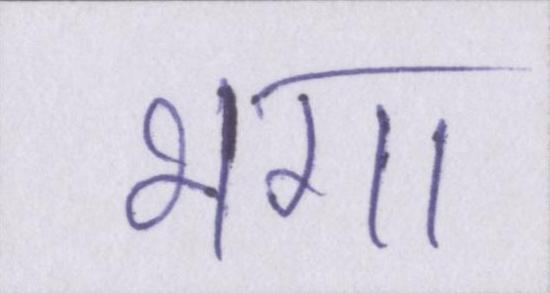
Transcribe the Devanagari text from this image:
भगा